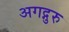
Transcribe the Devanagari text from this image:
अगद्गुरु